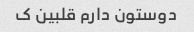
دوستون دارم قلبین ک